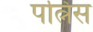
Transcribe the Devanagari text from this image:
पत्निस